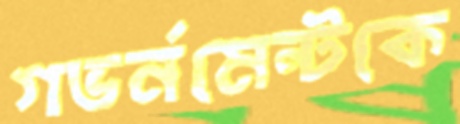
গভর্নমেন্টকে